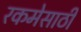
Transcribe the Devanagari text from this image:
रकमेसाठी